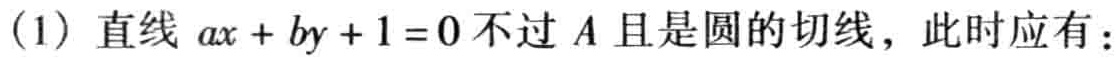
(1) 直线 \(ax + by + 1 = 0\) 不过 \(A\) 且是圆的切线，此时应有：